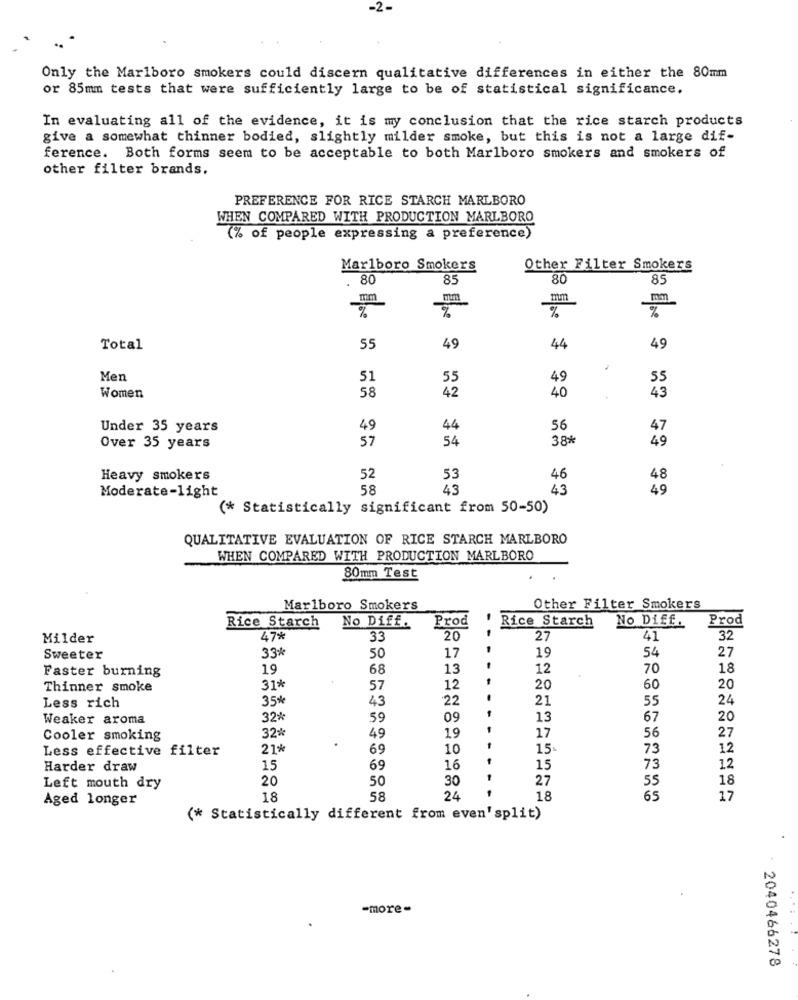
Only the Marlboro smokers could discern qualitative differences in either the 80mm
or 85mm tests that were sufficiently large to be of statistical significance.
In evaluating all of the evidence, it is my conclusion that the rice starch products
give a somewhat thinner bodied, slightly milder smoke, but this is not a large dif-
ference. Both forms seem to be acceptable to both Marlboro smokers and smokers of
other filter brands.
PREFERENCE FOR RICE STARCH MARLBORO
WHEN COMPARED WITH PRODUCTION MARLBORO
(% of people expressing a preference)
Marlboro Smokers
Other Filter Smokers
80
85
80
85
mm
%
Total
55
49
44
49
Men
51
55
49
55
58
42
40
43
Women
Under 35 years
49
44
56
47
57
54
38%
49
Over 35 years
Heavy smokers
52
53
46
48
Moderate-light
58
43
43
49
(* Statistically significant from 50-50)
QUALITATIVE EVALUATION OF RICE STARCH MARLBORO
WHEN COMPARED WITH PRODUCTION MARLBORO
80mm Test
Marlboro Smokers
Other Filter Smokers
No Diff.
Rice Starch
No Diff.
Prod
Rice Starch
Prod
- -
Milder
47%
33
20
27
41
32
33*
54
27
Sweeter
50
17
19
19
68
13
12
70
18
Faster burning
Thinner smoke
31*
57
12
20
60
20
35*
43
22
21
55
24
Less rich
Weaker aroma
32%
59
09
13
67
20
56
27
Cooler smoking
32%
49
19
17
Less effective filter
21%
69
10
15
73
12
Harder draw
15
69
16
15
73
12
20
50
30
27
55
18
Left mouth dry
Aged longer
18
58
24
18
65
17
(* Statistically different from even'split)
-more-
2040466278